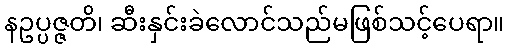
နဥပ္ပဇ္ဇတိ၊ ဆီးနှင်းခဲလောင်သည်မဖြစ်သင့်ပေရာ။